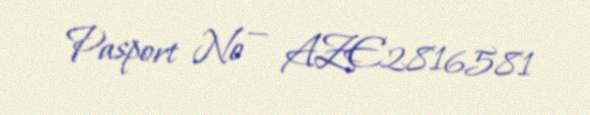
Pasport № — AZE2816581